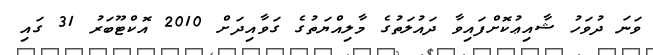
ވަނަ ދުވަހު ޝާއިޢުކޮށްފައިވާ ދައުލަތުގެ މާލިއްޔަތުގެ ގަވާއިދަށް 2010 އޮކްޓޫބަރު 31 ގައި